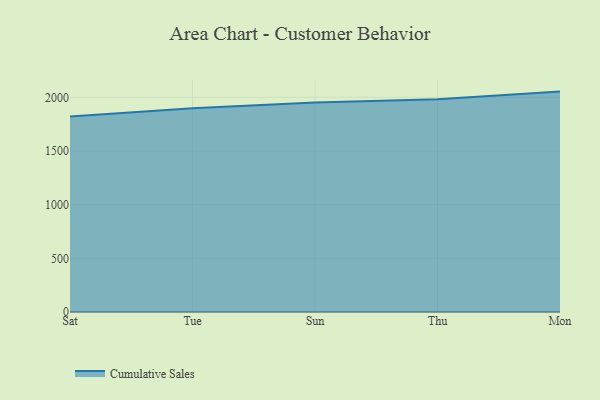
{"axis": {"x": "Day", "y": "Website Visitors"}, "legend": ["Cumulative Sales"], "data": [{"x": "Sat", "y": 1822.0, "type": "Cumulative Sales"}, {"x": "Tue", "y": 1898.6, "type": "Cumulative Sales"}, {"x": "Sun", "y": 1952.3, "type": "Cumulative Sales"}, {"x": "Thu", "y": 1981.9, "type": "Cumulative Sales"}, {"x": "Mon", "y": 2053.4, "type": "Cumulative Sales"}]}